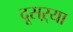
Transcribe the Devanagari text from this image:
दूसऱ्या